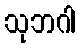
သုဘဂါ